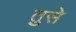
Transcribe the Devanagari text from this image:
तुसे